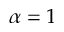
\alpha = 1